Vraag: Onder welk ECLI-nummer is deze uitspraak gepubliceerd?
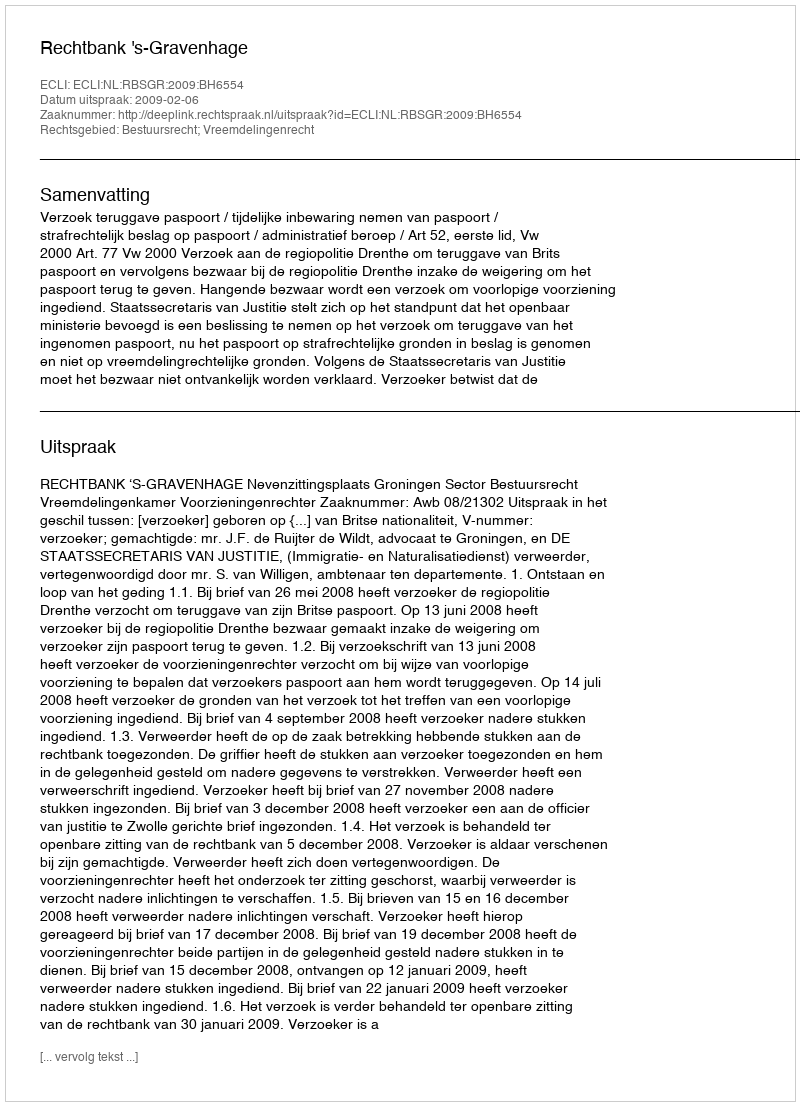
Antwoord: ECLI:NL:RBSGR:2009:BH6554